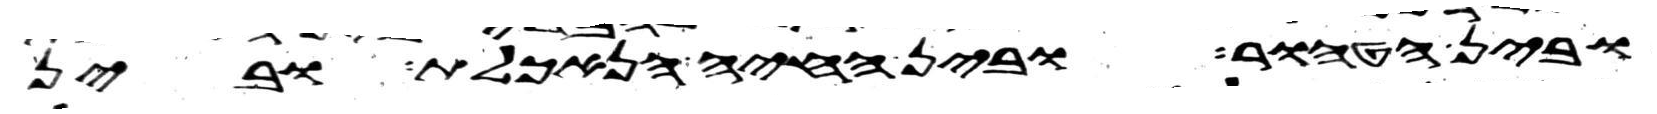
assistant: ובין הטהור ובין החיה הנאכלת ובין